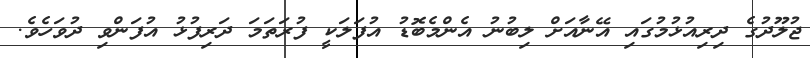
ޖުލޫދުގެ ދިރިއުޅުމުގައި އޭނާއަށް ލިބުނު އެންމެބޮޑު އުފަލަކީ ފުރަތަމަ ދަރިފުޅު އުފަންވި ދުވަހެވެ.